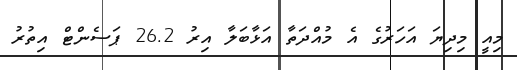
މިއީ މިދިޔަ އަހަރުގެ އެ މުއްދަތާ އަޅާބަލާ އިރު 26.2 ޕަސެންޓް އިތުރު